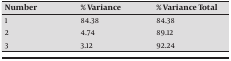
| Number | % Variance | % Variance Total |
 | --- | --- | --- |
 | 1 | 84.38 | 84.38 |
 | 2 | 4.74 | 89.12 |
 | 3 | 3.12 | 92.24 |